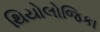
થિયોલોજિકા